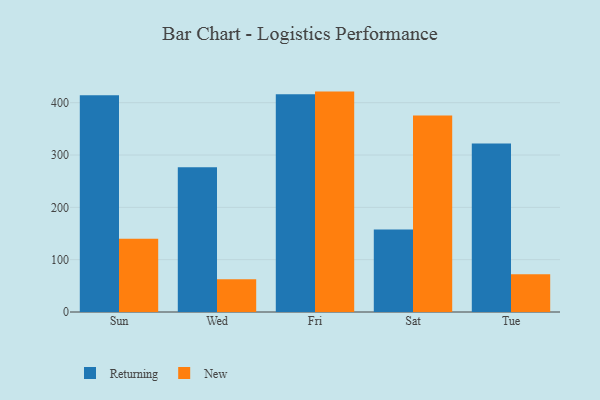
{"axis": {"x": "Day", "y": "Inventory Turnover"}, "legend": ["New", "Returning"], "data": [{"x": "Sun", "y": 414.3, "type": "Returning"}, {"x": "Sun", "y": 140.1, "type": "New"}, {"x": "Wed", "y": 276.8, "type": "Returning"}, {"x": "Wed", "y": 62.7, "type": "New"}, {"x": "Fri", "y": 416.2, "type": "Returning"}, {"x": "Fri", "y": 421.2, "type": "New"}, {"x": "Sat", "y": 157.5, "type": "Returning"}, {"x": "Sat", "y": 375.6, "type": "New"}, {"x": "Tue", "y": 322.0, "type": "Returning"}, {"x": "Tue", "y": 72.3, "type": "New"}]}